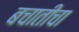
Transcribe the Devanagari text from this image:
बचातीचा